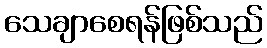
သေချာစေရန်ဖြစ်သည်